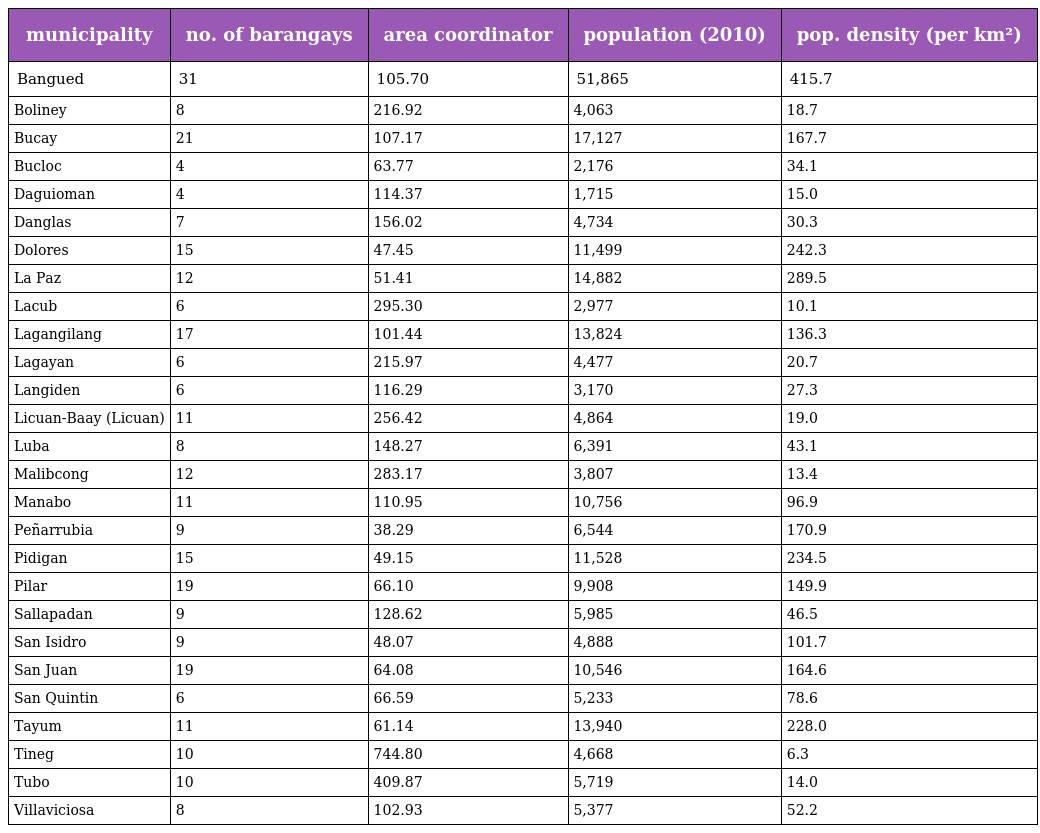
| municipality | no. of barangays | area coordinator | population (2010) | pop. density (per km²) |
 | --- | --- | --- | --- | --- |
 | Bangued | 31 | 105.70 | 51,865 | 415.7 |
 | Boliney | 8 | 216.92 | 4,063 | 18.7 |
 | Bucay | 21 | 107.17 | 17,127 | 167.7 |
 | Bucloc | 4 | 63.77 | 2,176 | 34.1 |
 | Daguioman | 4 | 114.37 | 1,715 | 15.0 |
 | Danglas | 7 | 156.02 | 4,734 | 30.3 |
 | Dolores | 15 | 47.45 | 11,499 | 242.3 |
 | La Paz | 12 | 51.41 | 14,882 | 289.5 |
 | Lacub | 6 | 295.30 | 2,977 | 10.1 |
 | Lagangilang | 17 | 101.44 | 13,824 | 136.3 |
 | Lagayan | 6 | 215.97 | 4,477 | 20.7 |
 | Langiden | 6 | 116.29 | 3,170 | 27.3 |
 | Licuan-Baay (Licuan) | 11 | 256.42 | 4,864 | 19.0 |
 | Luba | 8 | 148.27 | 6,391 | 43.1 |
 | Malibcong | 12 | 283.17 | 3,807 | 13.4 |
 | Manabo | 11 | 110.95 | 10,756 | 96.9 |
 | Peñarrubia | 9 | 38.29 | 6,544 | 170.9 |
 | Pidigan | 15 | 49.15 | 11,528 | 234.5 |
 | Pilar | 19 | 66.10 | 9,908 | 149.9 |
 | Sallapadan | 9 | 128.62 | 5,985 | 46.5 |
 | San Isidro | 9 | 48.07 | 4,888 | 101.7 |
 | San Juan | 19 | 64.08 | 10,546 | 164.6 |
 | San Quintin | 6 | 66.59 | 5,233 | 78.6 |
 | Tayum | 11 | 61.14 | 13,940 | 228.0 |
 | Tineg | 10 | 744.80 | 4,668 | 6.3 |
 | Tubo | 10 | 409.87 | 5,719 | 14.0 |
 | Villaviciosa | 8 | 102.93 | 5,377 | 52.2 |